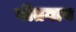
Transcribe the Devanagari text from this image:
गीतगान